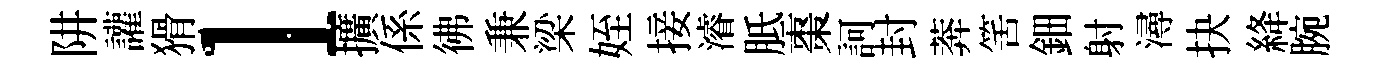
阱讙猾l擴係彿兼梁姪接濬胝棗訶封莾筈鈿射潯抉絳腕